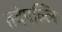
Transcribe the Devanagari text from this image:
तदेपल्लि